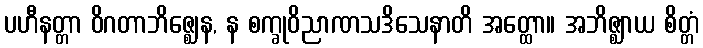
ပဟီနတ္တာ ဝိဂတာဘိဇ္ဈေန, န စက္ခုဝိညာဏသဒိသေနာတိ အတ္ထော။ အဘိဇ္ဈာယ စိတ္တံ